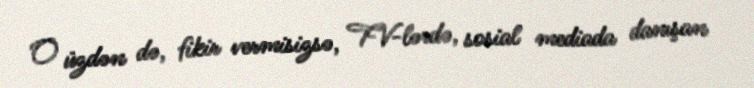
O üzdən də, fikir vermisizsə, TV-lərdə, sosial mediada danışan